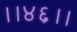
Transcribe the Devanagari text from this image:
।।४६।।